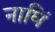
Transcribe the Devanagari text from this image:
नाघिं